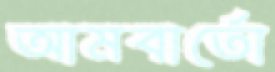
আমবার্তো